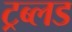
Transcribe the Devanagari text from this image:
ट्रब्लड